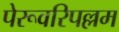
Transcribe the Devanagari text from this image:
पेरूवरिपल्लम